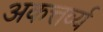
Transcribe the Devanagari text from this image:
अकत्तर्व्य